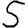
Digit: 5